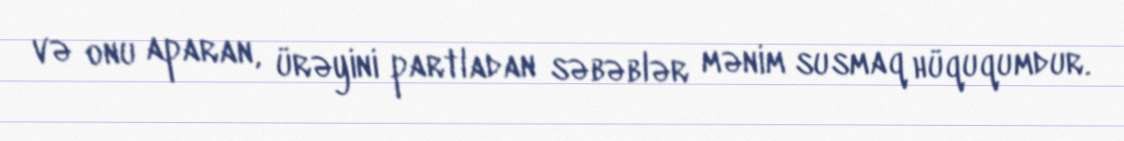
və onu aparan, ürəyini partladan səbəblər mənim susmaq hüququmdur.